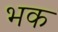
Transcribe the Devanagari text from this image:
भक